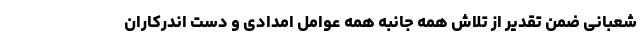
شعبانی ضمن تقدیر از تلاش همه جانبه همه عوامل امدادی و دست اندرکاران